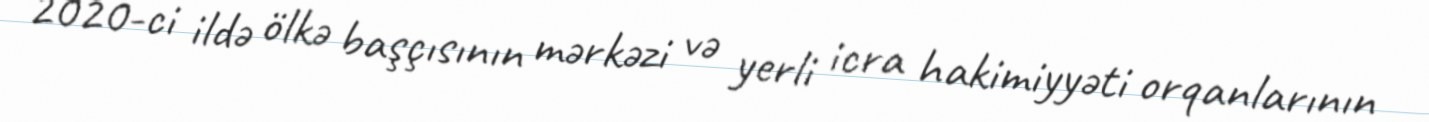
2020-ci ildə ölkə başçısının mərkəzi və yerli icra hakimiyyəti orqanlarının